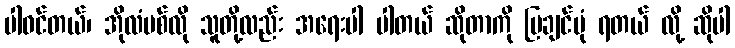
ပါဝင်တယ်၊ အိုလံပစ်လို သူတို့လည်း အရေးပါ ပါတယ် ဆိုတာကို ပြချင်ပုံ ရတယ် လို့ ဆိုပါ